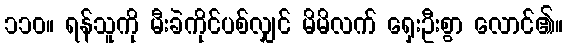
၁၁၀။ ရန်သူကို မီးခဲကိုင်ပစ်လျှင် မိမိလက် ရှေးဦးစွာ လောင်၏။